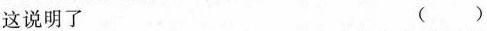
这说明了( )